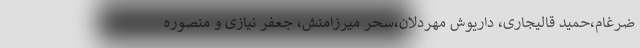
ضرغام،حمید قالیجاری، داریوش مهردلان،سحر میرزامنش، جعفر نیازی و منصوره